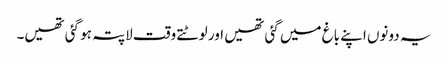
یہ دونوں اپنے باغ میں گئی تھیں اور لوٹتے وقت لاپتہ ہو گئی تھیں۔